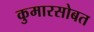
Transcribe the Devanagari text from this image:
कुमारसोबत